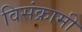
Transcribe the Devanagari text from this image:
विसंक्रामी